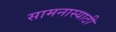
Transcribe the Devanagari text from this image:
सामनास्याठी